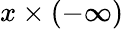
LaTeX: x\times(-\infty)